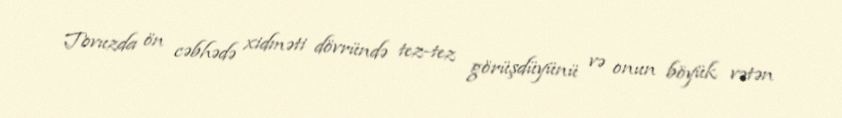
Tovuzda ön cəbhədə xidməti dövründə tez-tez görüşdüyünü və onun böyük vətən